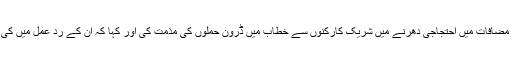
تحریک انصاف کے سربراہ عمران خان نے منگل کو پشاور کے مضافات میں احتجاجی دھرنے میں شریک کارکنوں سے خطاب میں ڈرون حملوں کی مذمت کی اور کہا کہ ان کے ردِ عمل میں کی جانے والی کارروائیوں سے بھی پاکستانی ہی متاثر ہو رہے ہیں۔